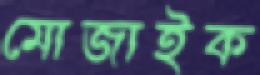
মোজাইক